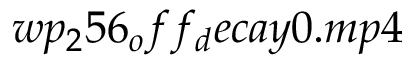
w p _ { 2 } 5 6 _ { o } f f _ { d } e c a y 0 . m p 4